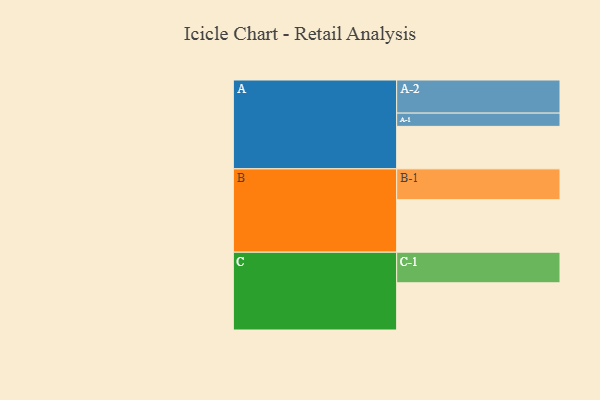
{"axis": {"x": "Segment", "y": "Value"}, "legend": ["", "A", "B", "C"], "data": [{"x": "A", "y": 353, "type": ""}, {"x": "B", "y": 436, "type": ""}, {"x": "C", "y": 392, "type": ""}, {"x": "A-1", "y": 110, "type": "A"}, {"x": "A-2", "y": 275, "type": "A"}, {"x": "B-1", "y": 256, "type": "B"}, {"x": "C-1", "y": 254, "type": "C"}]}